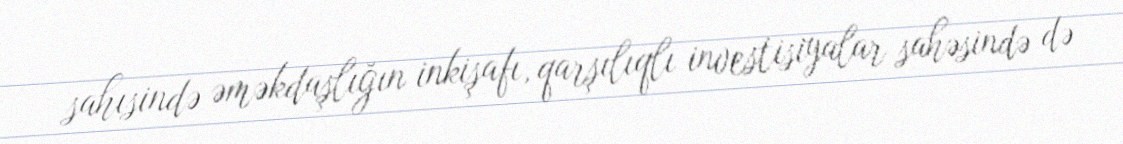
sahısində əməkdaşlığın inkişafı, qarşılıqlı investisiyalar sahəsində də